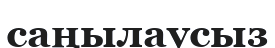
саңылаусыз